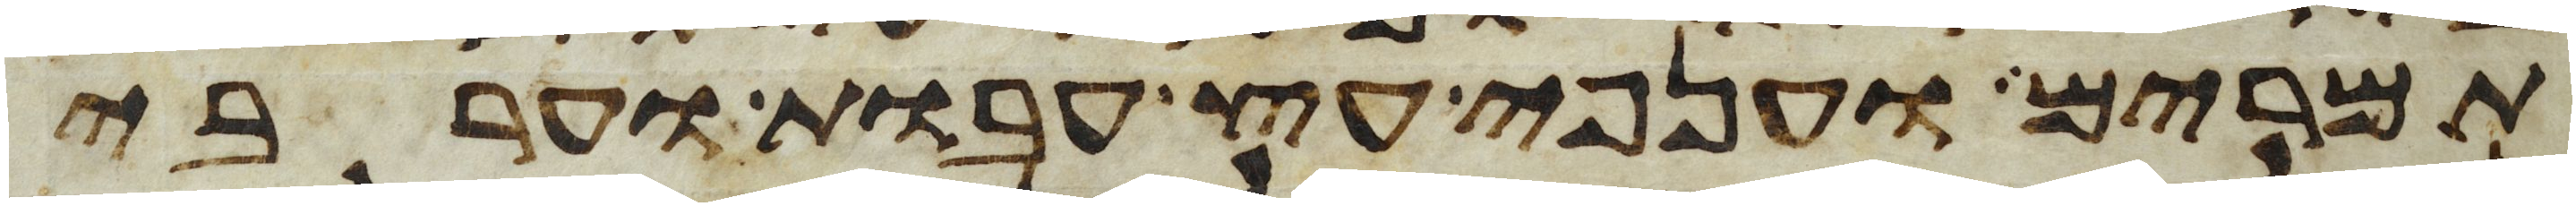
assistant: תמרים וענפי עץ עבות וערבי